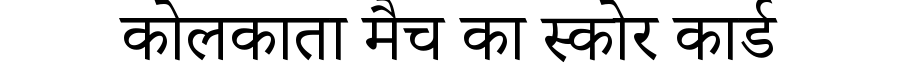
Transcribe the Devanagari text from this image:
कोलकाता मैच का स्कोर कार्ड